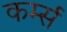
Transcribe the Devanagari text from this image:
कर्म्स